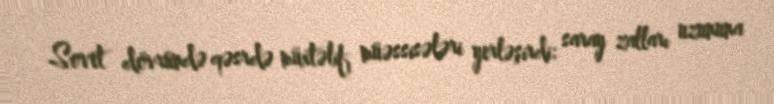
Sovet dövründə qəsrdə müxtəlif müəssisələri yerləşirdi: saray zalları uzununa